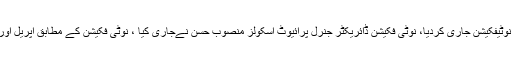
سندھ حکومت نے فیسوں میں کمی کا نیا نوٹیفکیشن جاری کردیا، نوٹی فکیشن ڈائریکٹر جنرل پرائیوٹ اسکولز منصوب حسن نےجاری کیا ، نوٹی فکیشن کے مطابق اپریل اورمئی کی فیسوں میں 20فیصد کمی ہوگی۔